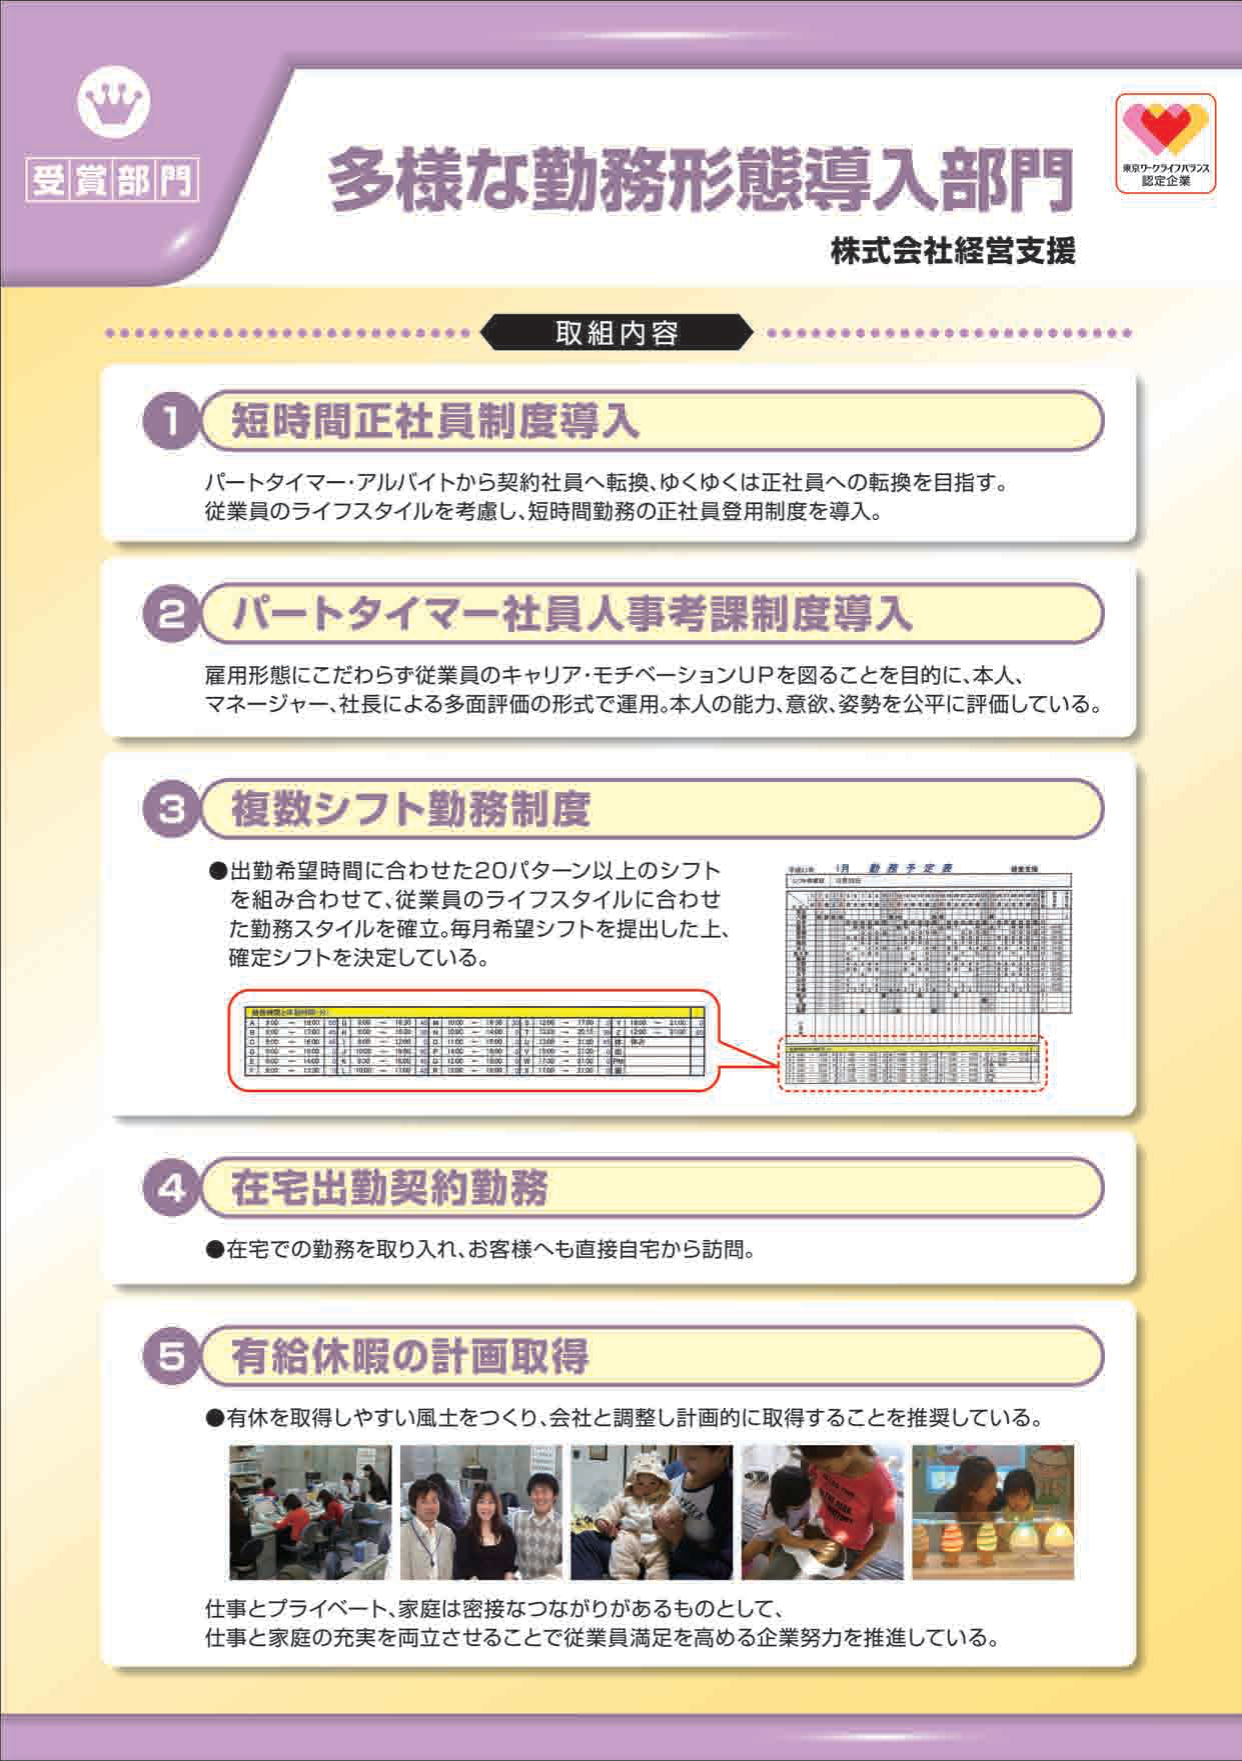
受賞部門
多様な勤務形態導入部門
株式会社経営支援
東京ワークライフバランス
認定企業

取組内容

1 短時間正社員制度導入
パートタイマー・アルバイトから契約社員へ転換、ゆくゆくは正社員への転換を目指す。
従業員のライフスタイルを考慮し、短時間勤務の正社員登用制度を導入。

2 パートタイマー社員人事考課制度導入
雇用形態にこだわらず従業員のキャリア・モチベーションUPを図ることを目的に、本人、
マネージャー、社長による多面評価の形式で運用。本人の能力、意欲、姿勢を公平に評価している。

3 複数シフト勤務制度
●出勤希望時間に合わせた20パターン以上のシフト
を組み合わせて、従業員のライフスタイルに合わせ
た勤務スタイルを確立。毎月希望シフトを提出した上、
確定シフトを決定している。

[表：勤務時間パターン（例）]
A 8:00～16:00 8h
B 9:00～17:00 8h
C 9:00～16:00 7h
D 9:00～17:00 8h
E 9:00～14:00 5h
F 9:00～13:00 4h
G 9:00～16:30 7.5h
H 9:00～17:00 8h
I 10:00～18:00 8h
J 10:00～17:00 7h
K 10:00～16:00 6h
L 11:00～18:00 7h
M 11:00～17:00 6h
N 12:00～18:00 6h
O 12:00～17:00 5h
P 12:00～16:00 4h
Q 12:00～17:00 5h
R 13:00～17:00 4h
S 13:00～18:00 5h
T 13:00～17:00 4h
U 13:00～18:00 5h
V 13:00～17:00 4h
W 13:00～18:00 5h
X 13:00～17:00 4h
Y 13:00～18:00 5h
Z 13:00～17:00 4h

[図：勤務予定表（例）]
（表の内容は細かく読み取れないが、勤務予定表のレイアウトが示されている）

4 在宅出勤契約勤務
●在宅での勤務を取り入れ、お客様へも直接自宅から訪問。

5 有給休暇の計画取得
●有休を取得しやすい風土をつくり、会社と調整し計画的に取得することを推奨している。

仕事とプライベート、家庭は密接なつながりがあるものとして、
仕事と家庭の充実を両立させることで従業員満足を高める企業努力を推進している。